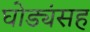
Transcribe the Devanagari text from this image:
घोड्यंसह